Veterinary regulations India, 1935 -
Year: 1935
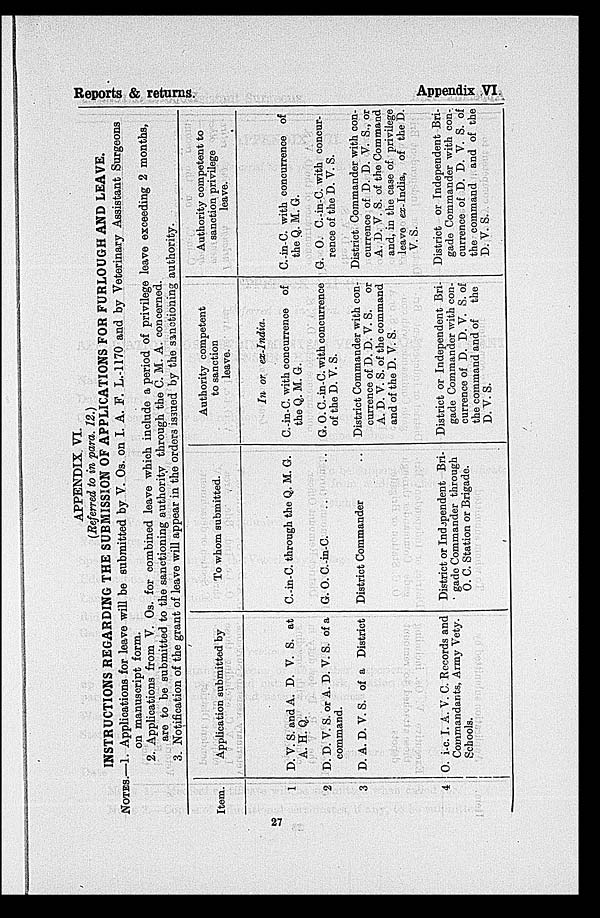
Reports & returns.
Appendix VI.
APPENDIX. VI.
(Referred to in para. 12.)
INSTRUCTIONS REGARDING THE SUBMISSION OF APPLICATIONS FOR FURLOUGH AND LEAVE.
NOTES.—1. Applications for leave will be submitted by V. Os. on I. A. F. L.-1170 and by Veterinary Assistant Surgeons
on manuscript form.
2. Applications from V. Os. for combined leave which include a period of privilege leave exceeding 2 months,
are to be submitted to the sanctioning authority through the C. M. A. concerned.
3. Notification of the grant of leave will appear in the orders issued by the sanctioning authority.
Item.
1
2
3
4
Application submitted by
D. V. S. and A. D. V. S. at
A. H. Q.
D. D. V. S. or A. D. V. S. of a
command.
D. A. D. V. S. of a District
O. i-c. I. A. V. C. Records and
Commandants, Army Vety.
Schools.
To whom submitted.
C.-in-C. through the Q. M. G.
G. O. C.-in-C. .. ..
District Commander ..
District or Independent Bri-
gade Commander through
O. C. Station or Brigade.
Authority competent
to sanction
leave.
In or ex-India.
C.-in-C. with concurrence of
the Q. M. G.
G. O. C.-in-C. with concurrence
of the D. V. S.
District Commander with con-
currence of D. D. V. S. or
A. D. V. S. of the command
and of the D. V. S.
District or Independent Bri-
gade Commander with con-
currence of D. D. V. S. of
the command and of the
D. V. S.
Authority competent to
sanction privilege
leave.
C.-in-C. with concurrence of
the Q. M. G.
G. O. C.-in-C. with concur-
rence of the D. V. S.
District Commander with con-
currence of D. D. V. S., or
A. D. V. S. of the Command
and, in the case of privilege
leave ex-India, of the D.
V. S.
District or Independent Bri-
gade Commander with con-.
currence of D. D. V. S. of
the command and of the
D. V. S.
27